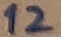
Text: 12